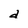
Character: d